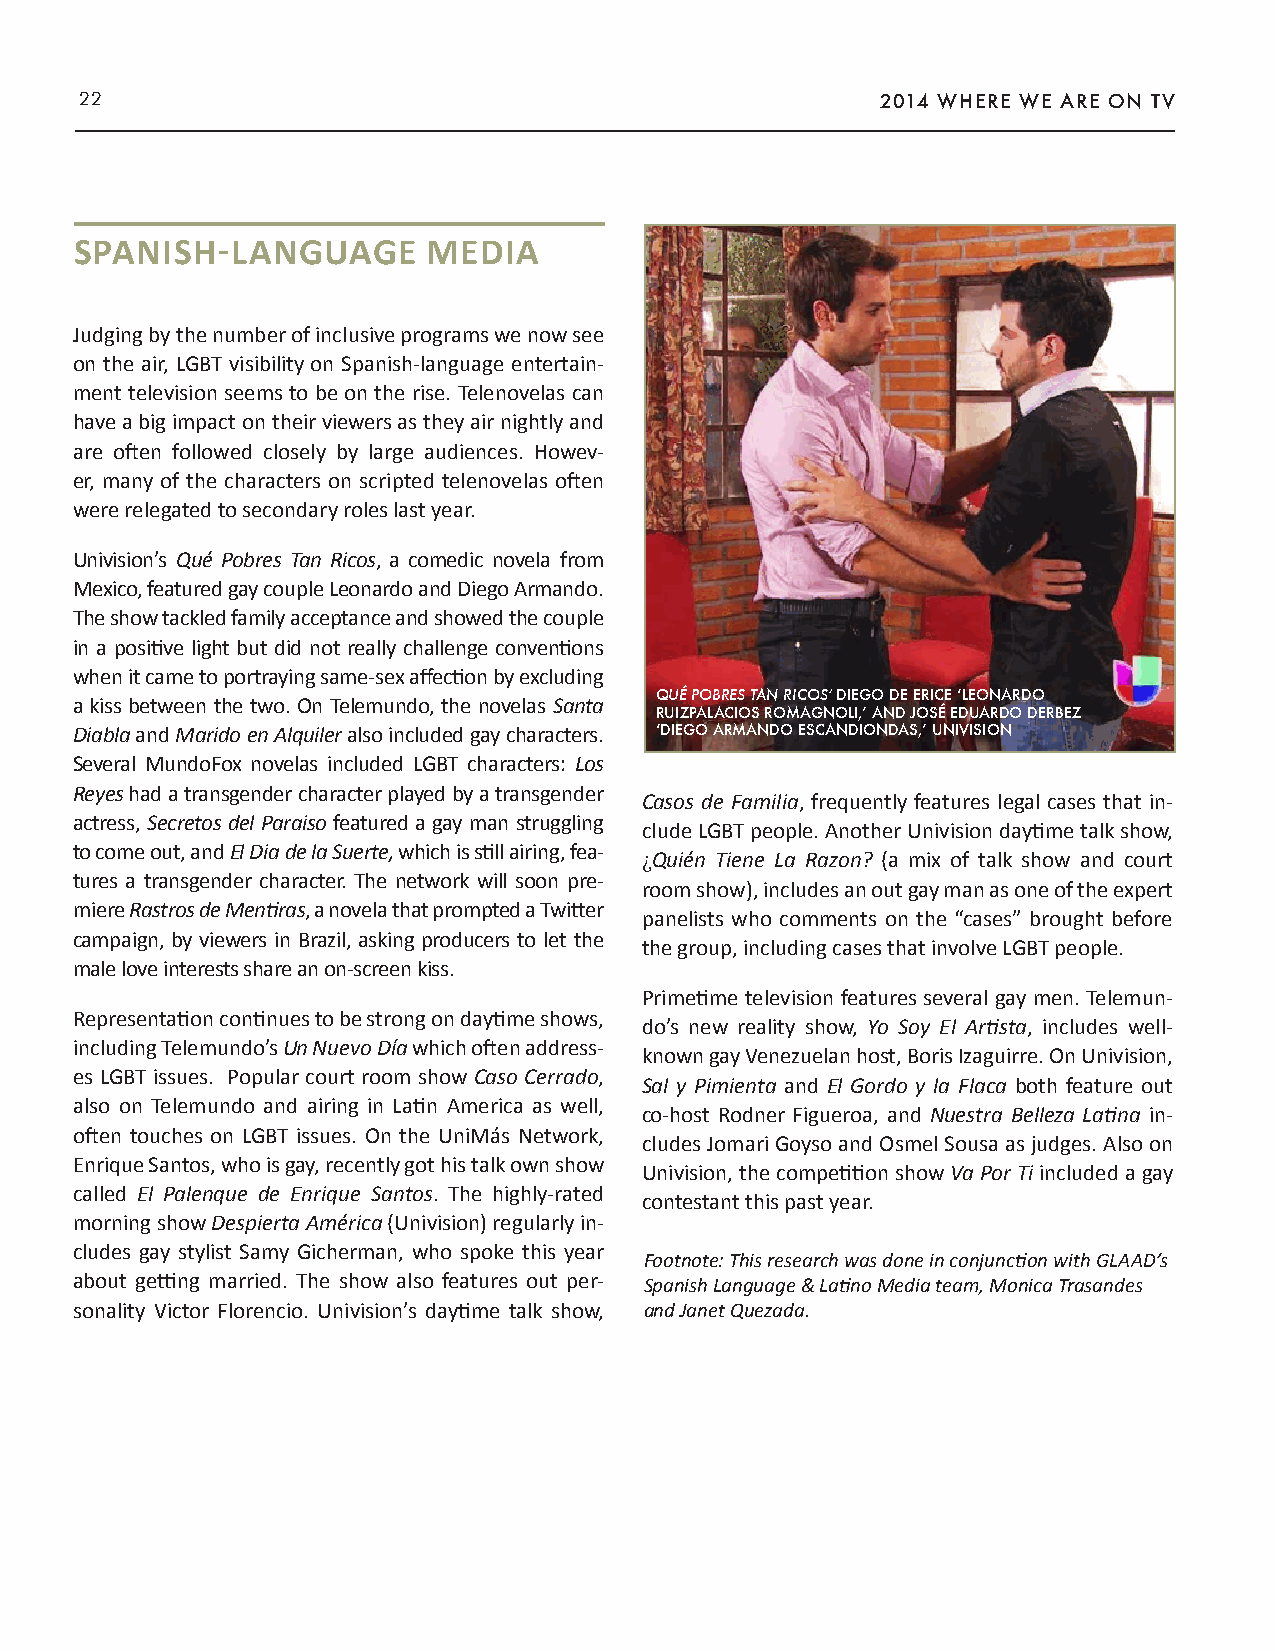
22                                                   2014 WHERE WE ARE ON TV
 SPANISH-LANGUAGE       MEDIA
 Judging by the number of inclusive programs we now see
 on the air, LGBT visibility on Spanish-language entertain-
 ment television seems to be on the rise. Telenovelas can
 have a big impact on their viewers as they air nightly and
 are often followed closely by large audiences. Howev-
 er, many of the characters on scripted telenovelas often
 were relegated to secondary roles last year.
 Univision’s Qué Pobres Tan Ricos, a comedic novela from
 Mexico, featured gay couple Leonardo and Diego Armando.
 The show tackled family acceptance and showed the couple
 in a positive light but did not really challenge conventions
 when it came to portraying same-sex affection by excluding
 QUÉ POBRES TAN RICOS’ DIEGO DE ERICE ‘LEONARDO
 a kiss between the two. On Telemundo, the novelas Santa
 RUIZPALACIOS ROMAGNOLI,’ AND JOSÉ EDUARDO DERBEZ
 Diabla and Marido en Alquiler also included gay characters. ‘DIEGO ARMANDO ESCANDIONDAS,’ UNIVISION
 Several MundoFox novelas included LGBT characters: Los
 Reyes had a transgender character played by a transgender
 Casos de Familia, frequently features legal cases that in-
 actress, Secretos del Paraiso featured a gay man struggling
 clude LGBT people. Another Univision daytime talk show,
 to come out, and El Dia de la Suerte, which is still airing, fea-
 ¿Quién Tiene La Razon? (a mix of talk show and court
 tures a transgender character. The network will soon pre-
 room show), includes an out gay man as one of the expert
 miere Rastros de Mentiras, a novela that prompted a Twitter
 panelists who comments on the “cases” brought before
 campaign, by viewers in Brazil, asking producers to let the
 the group, including cases that involve LGBT people.
 male love interests share an on-screen kiss.
 Primetime television features several gay men. Telemun-
 Representation continues to be strong on daytime shows,
 do’s new reality show, Yo Soy El Artista, includes well-
 including Telemundo’s Un Nuevo Día which often address-
 known gay Venezuelan host, Boris Izaguirre. On Univision,
 es LGBT issues. Popular court room show Caso Cerrado,
 Sal y Pimienta and El Gordo y la Flaca both feature out
 also on Telemundo and airing in Latin America as well,
 co-host Rodner Figueroa, and Nuestra Belleza Latina in-
 often touches on LGBT issues. On the UniMás Network,
 cludes Jomari Goyso and Osmel Sousa as judges. Also on
 Enrique Santos, who is gay, recently got his talk own show
 Univision, the competition show Va Por Ti included a gay
 called El Palenque de Enrique Santos. The highly-rated
 contestant this past year.
 morning show Despierta América (Univision) regularly in-
 cludes gay stylist Samy Gicherman, who spoke this year
 Footnote: This research was done in conjunction with GLAAD’s
 about getting married. The show also features out per- Spanish Language & Latino Media team, Monica Trasandes
 sonality Victor Florencio. Univision’s daytime talk show, and Janet Quezada.